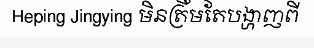
Heping Jingying មិនត្រឹមតែបង្ហាញពី